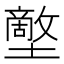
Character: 𡒱